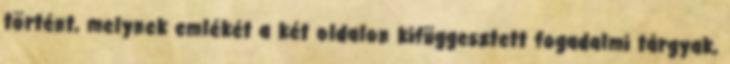
történt, melynek emlékét a két oldalon kifüggesztett fogadalmi tárgyak,